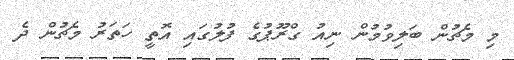
މި މެޗުން ބަލިވުމުން ނިއު ގްރޫޕުގެ ފުލުގައި އޮތީ ހަތަރު މެޗުން ދެ